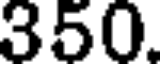
350.